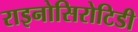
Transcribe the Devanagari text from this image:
राइनोसिरोटिडी